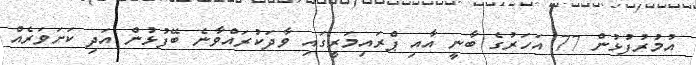
އުމުރުފުޅުން 77 އަހަރުގެ ބާނީ އާއި ޕްރައިމަރީގައި ވާދަކުރައްވާނެ ބޭފުޅުން އަދި ކަށަވަރެއް